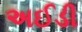
અઈડી